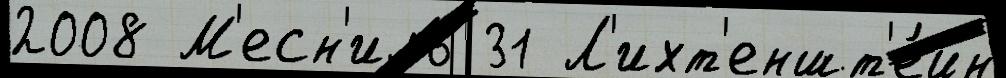
2008 М'есн'иль 31 Л'ихт'еншт'е́йн